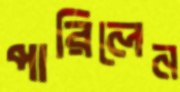
পারিলেন